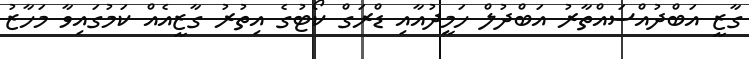
ގާޒީ އަބްދުއްސައްތާރު އަބްދުލް ހަމީދުއާއި ޑްރަގް ކޯޓުގެ އިތުރު ގާޒީއެއް ކަމުގައިވާ މަހާޒު